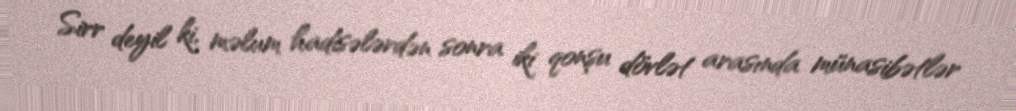
Sirr deyil ki, məlum hadisələrdən sonra iki qonşu dövlət arasında münasibətlər